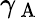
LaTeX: \gamma_{\mathrm{~A~}}